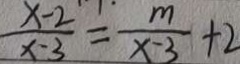
\frac { x - 2 } { x - 3 } = \frac { m } { x - 3 } + 2